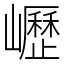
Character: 㠣